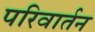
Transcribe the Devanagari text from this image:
परिवार्तन